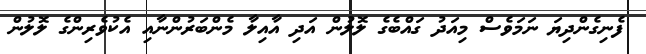
ފެނިގެންދިޔަ ނަމަވެސް މިއަދު ގައްބެގެ ލޮލުން އަދި އާއިލާ މެންބަރުންނާއި އެކުވެރިންގެ ލޮލުން